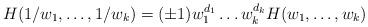
LaTeX: \begin{align*}H(1/w_1, \ldots, 1/w_k)= (\pm1) w_1^{d_1} \ldots w_k^{d_k}H(w_1, \ldots, w_k)\end{align*}